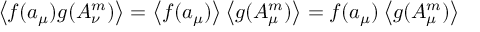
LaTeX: \left\langle f ( a _ { \mu } ) g ( A _ { \nu } ^ { m } ) \right\rangle = \left\langle f ( a _ { \mu } ) \right\rangle \left\langle g ( A _ { \mu } ^ { m } ) \right\rangle = f ( a _ { \mu } ) \left\langle g ( A _ { \mu } ^ { m } ) \right\rangle